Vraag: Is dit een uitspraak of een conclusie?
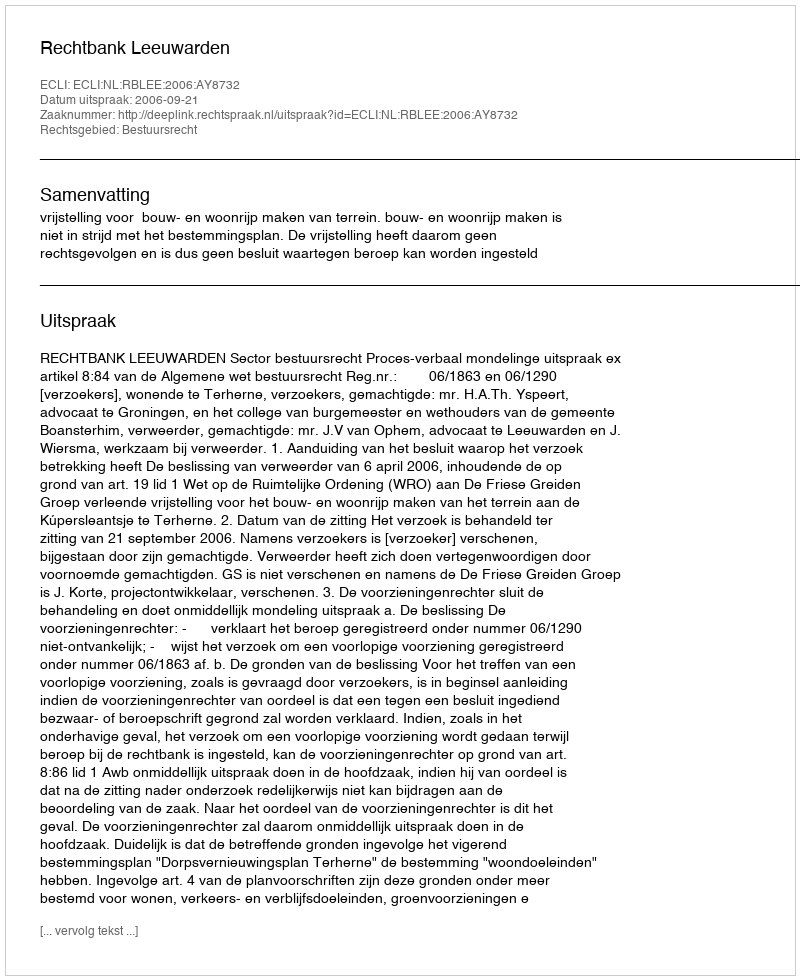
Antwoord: Uitspraak